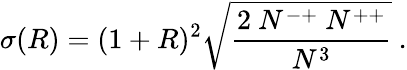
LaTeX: \sigma(R)=(1+R)^{2}\sqrt{\frac{2\ N^{-+}\ N^{++}}{N^{3}}}\ .